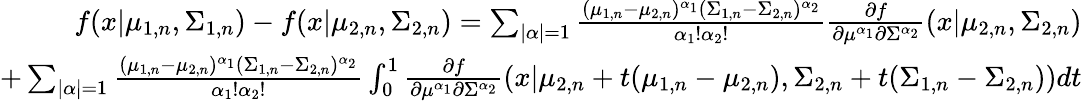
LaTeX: \begin{array}{r}{f(x|\mu_{1,n},\Sigma_{1,n})-f(x|\mu_{2,n},\Sigma_{2,n})=\sum_{|\alpha|=1}{\frac{(\mu_{1,n}-\mu_{2,n})^{\alpha_{1}}(\Sigma_{1,n}-\Sigma_{2,n})^{\alpha_{2}}}{\alpha_{1}!\alpha_{2}!}\frac{\partial{f}}{\partial{\mu^{\alpha_{1}}}\partial{\Sigma^{\alpha_{2}}}}(x|\mu_{2,n},\Sigma_{2,n})}}\\ {+\sum_{|\alpha|=1}{\frac{(\mu_{1,n}-\mu_{2,n})^{\alpha_{1}}(\Sigma_{1,n}-\Sigma_{2,n})^{\alpha_{2}}}{\alpha_{1}!\alpha_{2}!}}\int_{0}^{1}\frac{\partial{f}}{\partial{\mu^{\alpha_{1}}}\partial{\Sigma^{\alpha_{2}}}}(x|\mu_{2,n}+t(\mu_{1,n}-\mu_{2,n}),\Sigma_{2,n}+t(\Sigma_{1,n}-\Sigma_{2,n}))dt}\end{array}